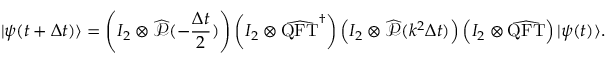
| \psi ( t + \Delta t ) \rangle = \left( I _ { 2 } \otimes \widehat { \mathcal { P } } ( - \frac { \Delta t } { 2 } ) \right) \left( I _ { 2 } \otimes \widehat { \mathrm { Q F T } } ^ { \dag } \right) \left( I _ { 2 } \otimes \widehat { \mathcal { P } } ( k ^ { 2 } \Delta t ) \right) \left( I _ { 2 } \otimes \widehat { \mathrm { Q F T } } \right) | \psi ( t ) \rangle .